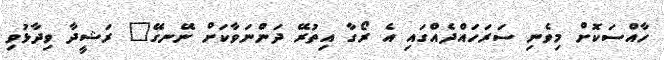
ހާއްސަކޮށް މިވެނި ސަރަހައްދެއްގައި އެ ރޯގާ އިތުރޭ ދަންނަވާކަށް ނޭނގޭ" ރަޝީދާ ވިދާޅުވި